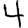
Digit: 4